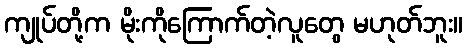
ကျုပ်တို့က မိုးကိုကြောက်တဲ့လူတွေ မဟုတ်ဘူး။